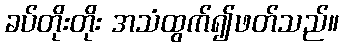
ခပ်တိုးတိုး အသံထွက်၍ဖတ်သည်။